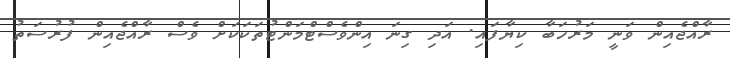
ރާއްޖެއިން ވަނީ މަރުހަބާ ކިޔާފައި. އަދި ގިނަ އިންވެސްޓްމަންޓުތަކަކަށް ވެސް ރާއްޖެއިން ފުރުސަތު